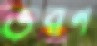
ভরন